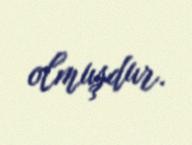
olmuşdur.